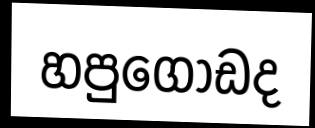
හපුගොඩද